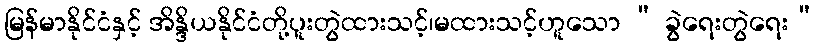
မြန်မာနိုင်ငံနှင့် အိန္ဒိယနိုင်ငံတို့ပူးတွဲထားသင့်၊မထားသင့်ဟူသော “ ခွဲရေးတွဲရေး”